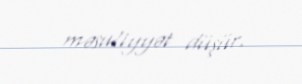
məsuliyyət düşür.